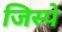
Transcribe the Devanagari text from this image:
जिस्पे